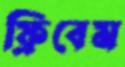
ফ্রিবেম